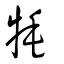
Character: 牦